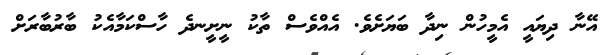
އޭނާ ދިޔައީ އެމީހުން ނިދާ ބަޔަށެވެ. އެއްވެސް ތާކު ނީށީނދެ ހާސްކަމާއެކު ބާރުބާރަށް